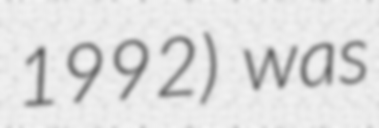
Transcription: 1992) was